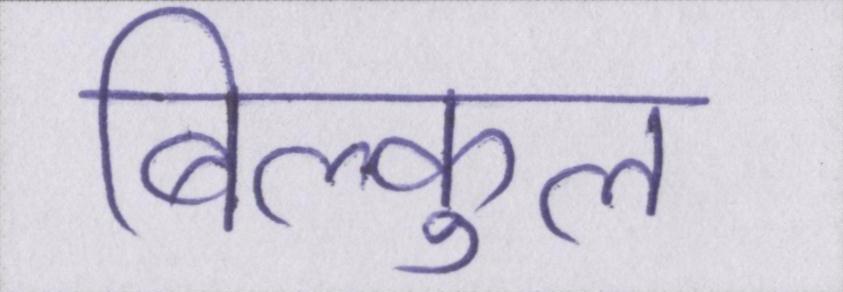
बिल्कुल